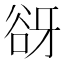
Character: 谺